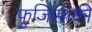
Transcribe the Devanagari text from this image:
फुजिसाकी